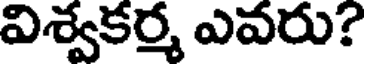
విశ్వకర్మ ఎవరు?